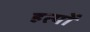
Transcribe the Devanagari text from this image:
हत्यों